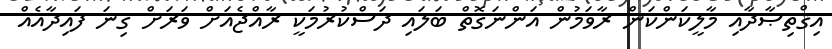
އިޤްތިޞާދާއި މާލީކަންކަން ރާވަމުން އަންނަގޮތް ބަލައި ދަސްކުރުމަކީ ރާއްޖެއަށް ވަރަށް ގިނަ ފައިދާއެއް